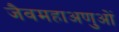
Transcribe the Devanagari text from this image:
जैवमहाअणुओं